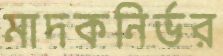
মাদকনির্ভর